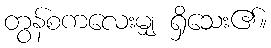
တွန်စကလေးမျှ ရှိသေး၏။